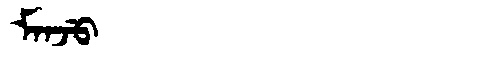
Manchu: ᠮᠠᠨᠵᡠ
Romanization: MANJU